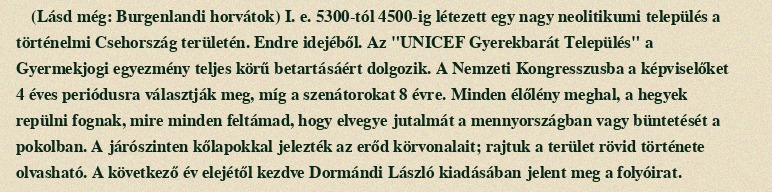
(Lásd még: Burgenlandi horvátok) I. e. 5300-tól 4500-ig létezett egy nagy neolitikumi település a történelmi Csehország területén. Endre idejéből. Az "UNICEF Gyerekbarát Település" a Gyermekjogi egyezmény teljes körű betartásáért dolgozik. A Nemzeti Kongresszusba a képviselőket 4 éves periódusra választják meg, míg a szenátorokat 8 évre. Minden élőlény meghal, a hegyek repülni fognak, mire minden feltámad, hogy elvegye jutalmát a mennyországban vagy büntetését a pokolban. A járószinten kőlapokkal jelezték az erőd körvonalait; rajtuk a terület rövid története olvasható. A következő év elejétől kezdve Dormándi László kiadásában jelent meg a folyóirat.